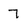
Character: 7